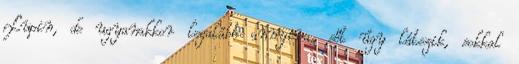
Lupin, de ugyanakkor legalább annyira, sőt úgy látszik, sokkal